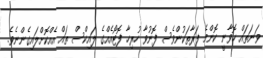
ވަނަތައް ހޮވާނީ ކޮންމެ ފަރާތަކުންވެސް ފޮނުވާ ހުރިހާ ފޮޓޯއެއްގެ ލައިކްސް ތައް އެއްކޮށްލައިގެންނެވެ.